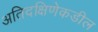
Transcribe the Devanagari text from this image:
अतिदक्षिणेकडील